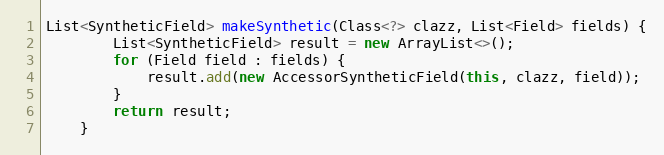
Language: Java
List<SyntheticField> makeSynthetic(Class<?> clazz, List<Field> fields) {
        List<SyntheticField> result = new ArrayList<>();
        for (Field field : fields) {
            result.add(new AccessorSyntheticField(this, clazz, field));
        }
        return result;
    }